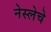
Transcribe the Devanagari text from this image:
नेस्लेचे